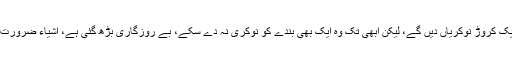
خورشید شاہ کا مزید کہنا تھا کہ عمران خان نے بہت بڑا جھوٹ بولا کہ ایک کروڑ نوکریاں دیں گے، لیکن ابھی تک وہ ایک بھی بندے کو نوکری نہ دے سکے، بے روزگاری بڑھ گئی ہے، اشیاء ضرورت کی قیمتیں بڑھ گئی ہیں، پیٹرول، بجلی، گیس ہر چیز مہنگی ہو چکی ہے۔